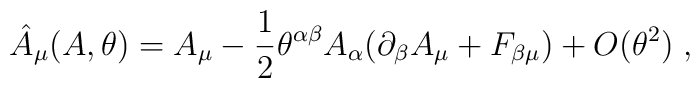
\hat{A}_{\mu}(A, \theta)=A_{\mu}-\frac{1}{2}\theta^{\alpha\beta}A_{\alpha}(\partial_{\beta}A_{\mu} + F_{\beta \mu}) +O(\theta^{2}) \;,